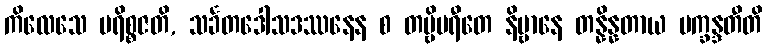
ကိလေသေ ပရိစ္စဇတိ, သင်္ခတဒေါသဒဿနေန စ တဗ္ဗိပရီတေ နိဗ္ဗာနေ တန္နိန္နတာယ ပက္ခန္ဒတီတိ